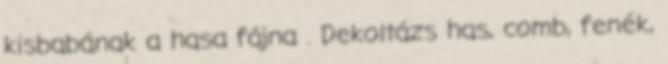
kisbabának a hasa fájna . Dekoltázs has, comb, fenék,